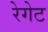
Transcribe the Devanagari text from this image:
रेगेट